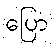
ပြော